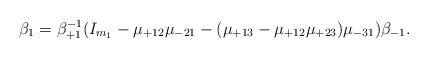
\begin{align*}\beta_1 = \beta_{+1}^{-1} (I_{m_1} - \mu_{+12} \mu_{-21} - (\mu_{+13}- \mu_{+12} \mu_{+23}) \mu_{-31}) \beta_{-1}. \end{align*}